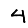
Digit: 4